Alphabetical list of drugs, medicines and other preparations free from, and containing, spirit compiled from the results of tests made by the customs houses at Calcutta, Bombay, and Madras
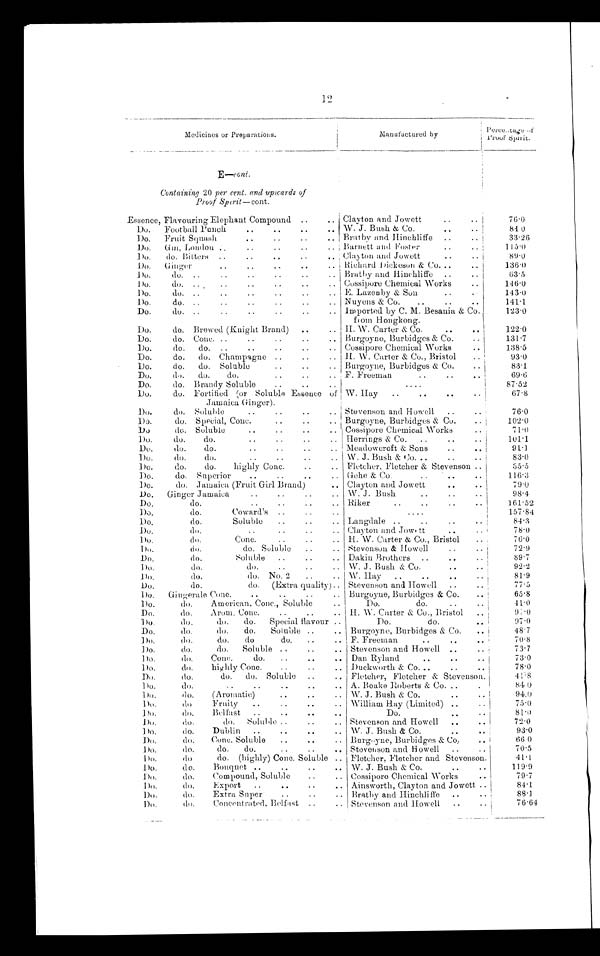
12
Medicines or Preparations.
Manu factured by
P e r c e n t a g e o f P r o o f
S p i r i t .
E — c o n t .
Containing 20 per cent. and upwards of
Proof Spirit—cont.
Essence, Flavouring Elephant Compound
.. Clayton and Jowett
..
..
76.0
Do.
Football Punch.
..
..
..
..
W. J. Bush & Co.
..
..
84 0
Do.
Fruit Squash
..
..
.. Bratby and Hinchliffe
..
..
3 3 . 2 6
Do.
Gm , London ..
..
..
.. Barnett and Foster
..
..
115.0
Do.
do. Bitters
..
..
..
..
.. Clay
ton and Jowett
..
..
89.0
Do.
Ginger
..
..
..
..
..
Richard Dickeson & Co...
..
136.0
Do.
do. ..
. . . . . . . . Bratby and Hinchliffe ..
..
63.5
Do.
do. ..
..
..
..
..
.. Cossipore Chemical Works
..
146.0
Do.
do. ..
..
. . . .
. .
. . E. Lazenby & Son
..
143.0
Do.
do. ..
..
..
..
.. Nuyens & Co.
..
..
..
1 4 1 . 1
Do.
do. ..
..
..
..
..
.. Imported by C. M. Besania & Co.
from Hongkong.
123.0
Do.
do. Brewed (Knight Brand)
..
.. H. W. Carter & Co.
..
..
122.0
Do.
do. Conc. ..
..
..
..
.. Burgoyne, Burbidges & Co.
..
131.7
Do.
do.
do. ..
..
..
..
.. Cossipore Chemical Works
..
138.5
Do.
do.
do. Champagne ..
..
.. H. W. Carter & Co., Bristol
..
93.0
Do.
do.
do. Soluble
..
..
.. Burgoyne, Burbidges & Co.
..
83.1
Do.
do.
do.
do.
..
..
.. F. Freeman
..
..
..
69.6
Do.
do. Brandy Soluble
..
..
..
87.52
Do.
do. Fortified (or Soluble Essence of
Jamaica Ginger).
W. Hay
..
..
..
67.8
Do.
do. Soluble
..
..
..
.. Stevenson and Howell
..
'
76.0
Do.
do. Special, Conc.
..
..
....
Burgoyne, Burbidges & Co.
1 0 2 . 0
Do
do. Soluble
..
..
..
Cossipore Chemical Works
71 . 0
Do.
do.
do.
..
..
..
.. Herrings & Co.
..
..
101.1
Do.
do.
do.
..
..
..
.. Meadowcroft & Sons
..
91.1
Do.
do.
do.
..
..
..
.. W. J. Bush & Co...
..
..
83.0
Do.
do.
do.
highly Conc.
. . . Fletcher, Fletcher & Stevenson ..
35.5
Do.
do. Superior
..
..
..
..
Gehe & Co.
..
..
..
1 1 6 . 3
Do.
do. Jamaica (Fruit Girl Brand)
.. Clayton and Jowett
..
..
79.0
Do.
Ginger Jamaica
..
..
..
.. W. J. Bush
..
.
98.4
Do.
do.
..
..
..
..
Riker
..
..
..
161.52
Do.
do.
Coward's ..
..
..
....
157.84
Do.
do.
Soluble
..
..
.. Langdale ..
..
..
84.3
D o . d o . . . . . . . . . . . . . Clayton and Jowett
..
7 8 . 0
Do.
do.
Conc.
..
..
.. H. W. Carter & Co., Bristol
76.0
Do.
do.
do. Soluble
..
.. Stevenson & Howell
..
7 2 .
9
Do.
do.
Soluble
..
..
.. Dakin Brothers
..
..
89.7
Do.
do.
do.
..
.. W. J. Bush & Co.
9 2 . 2
D o . d o . d o . N o . 2
W. Hay
..
81.9
Do.
do.
do.
(Extra quality)..
..
..
Stevenson and Howell
..
77.5
Do.
Gingerale Cone.
..
..
..
.. Burgoyne, Burbidges & Co.
65.8
Do.
do.
American, Conc., Soluble
..
Do.
do.
..
4 1 . 0
Do.
do.
Arom. Conc.
..
..
.. H. W. Carter & Co., Bristol
..
9 7 . 0
Do.
do.
do.
do.
Special flavour .. ,
Do.
do.
..
97.0
Do.
do.
do.
do.
Soluble ..
.. Burgoyne, Burbidges & Co.
..
48.7
Do.
do.
do.
do
do.
..
.. F. Freeman
..
..
..
70.8
Do.
do.
do.
Soluble ..
..
.. Stevenson and Howell ..
..
73.7
Do.
do.
Conc.
do.
..
..
.. Dan Ryland
..
..
..
7 3 . 0
Do.
do.
highly Conc.
..
.. Duckworth & Co...
..
..
78.0
Do.
do.
do.
do. Soluble
..
.. Fletcher, Fletcher & Stevenson
41.8
Do.
do.
..
..
..
..
.. A. Boake Roberts & Co...
.
84 0
Do.
do.
(Aromatic)
..
.. W. J. Bush & Co.
..
.
94.0
Do.
do
Fruity
..
..
..
..
William Hay (Limited) ..
.
75.0
Do.
do.
Belfast
..
..
..
..
Do.
..
.
81.0
Do.
do.
do.
Soluble ..
.. Stevenson and Howell
..
..
7 2 . 0
Do.
do.
Dublin
..
..
..
..
W. J. Bush & Co.
..
..
93.0
Do.
do.
Conc. Soluble
..
..
Burgoyne, Burbidges & Co..
..
66 0
Do.
do.
do.
do.
..
.. Stevenson and Howell
..
..
70.5
Do.
do
do. (highly) Conc. Soluble
Fletcher, Fletcher and Stevenson.
41.1
Do.
do.
Bouquet ..
..
..
.. W. J. Bush & Co.
..
..
119.9
Do.
do.
Compound, Soluble
.. Cossipore Chemical Works
..
79.7
Do.
do.
Export
..
..
..
.. Ainsworth, Clayton and Jowett ..
84.1
Do.
do.
Extra Super
..
..
.. Bratby and Hinchliffe
..
88.1
Do.
do.
Concentrated, Belfast ..
. . Stevenson and Howell
..
76.64